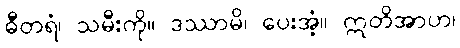
ဓီတရံ၊ သမီးကို။ ဒဿာမိ၊ ပေးအံ့။ ဣတိအာဟ၊